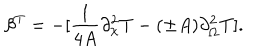
LaTeX: \beta ^ { T } = - [ { \frac { 1 } { 4 A } } \partial _ { \chi } ^ { 2 } T - ( \pm A ) \partial _ { \Omega } ^ { 2 } T ] .